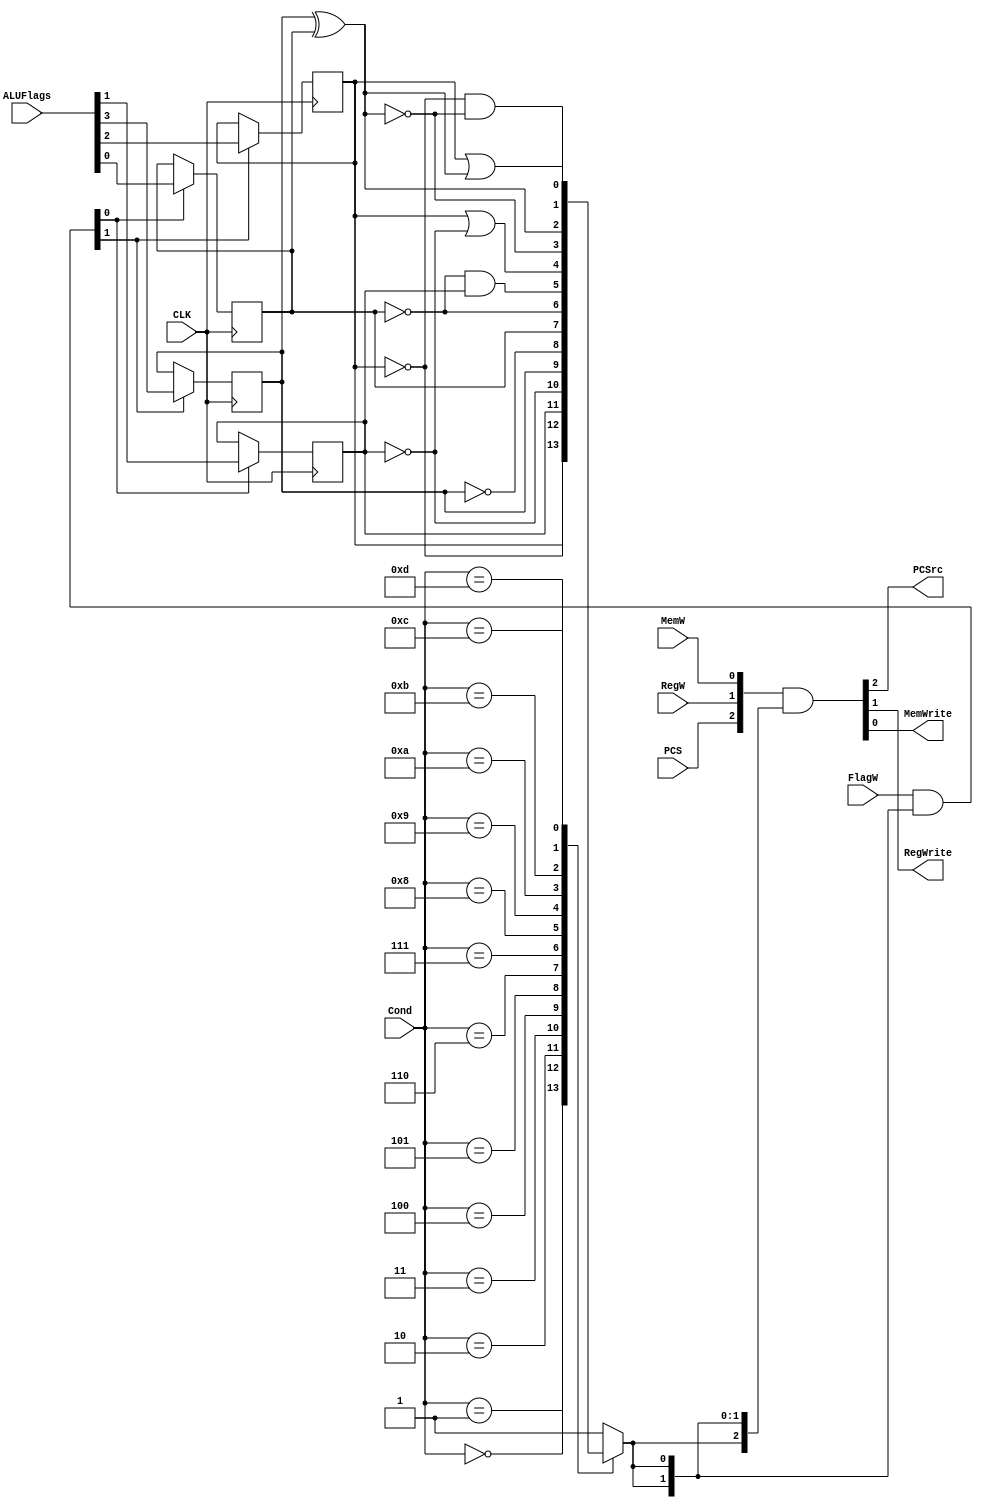
module CondLogic(
    input CLK,
    input PCS,
    input RegW,
    input MemW,
    input [1:0] FlagW,
    input [3:0] Cond,
    input [3:0] ALUFlags,

    output PCSrc,
    output RegWrite,
    output MemWrite);

  reg CondEx;
  reg N = 0, Z = 0, C = 0, V = 0;
  wire [1:0] FlagWrite = FlagW[1:0] & {2{CondEx}};

  //! Output stage
  assign {PCSrc, RegWrite, MemWrite} = {PCS, RegW, MemW} & {3{CondEx}};


  //! Flags Register update
  always @(posedge CLK)
    begin
      if (FlagWrite[1])
        {N, Z} <= ALUFlags[3:2];
      if (FlagWrite[0])
        {C, V} <= ALUFlags[1:0];
    end

  //! Condition Check
  always @(*)
    case (Cond)
      4'b0000:
        CondEx = Z; // EQ -Equal
      4'b0001 :
        CondEx = !Z; // NE - Not equal
      4'b0010 :
        CondEx = C; // CS / HS- Carry set / Unsigned higher or same
      4'b0011 :
        CondEx = !C; // CC / LO - Carry clear / Unsigned lower
      4'b0100 :
        CondEx = N; // MI - Minus / Negative
      4'b0101 :
        CondEx = !N; // PL - Plus / Positive of zero
      4'b0110 :
        CondEx = V; // VS - Overflow / Overflow set
      4'b0111 :
        CondEx = !V; // VC - No overflow / Overflow clear
      4'b1000 :
        CondEx = !V & C; // HI - Unsigned lower or same
      4'b1001 :
        CondEx = Z | !C; // LS - Unsigned lower or same
      4'b1010 :
        CondEx = !(N ^ V); // GE -  Signed greater than or equal
      4'b1011 :
        CondEx = N ^ V; // LT - Signed less than
      4'b1100 :
        CondEx = !Z & !(N ^ V); // GT - Signed greater than
      4'b1101 :
        CondEx = Z | (N ^ V); // LE - Signed less than or equal
      default:
        CondEx = 1'b1; // AL - Always / unconditional
    endcase

endmodule